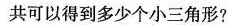
共可以得到多少个小三角形?